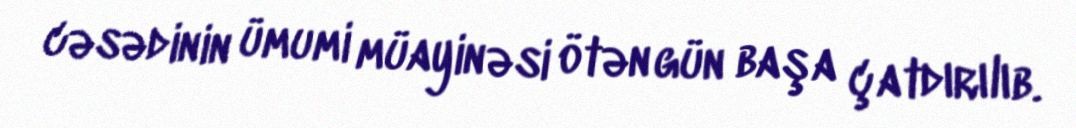
cəsədinin ümumi müayinəsi ötən gün başa çatdırılıb.